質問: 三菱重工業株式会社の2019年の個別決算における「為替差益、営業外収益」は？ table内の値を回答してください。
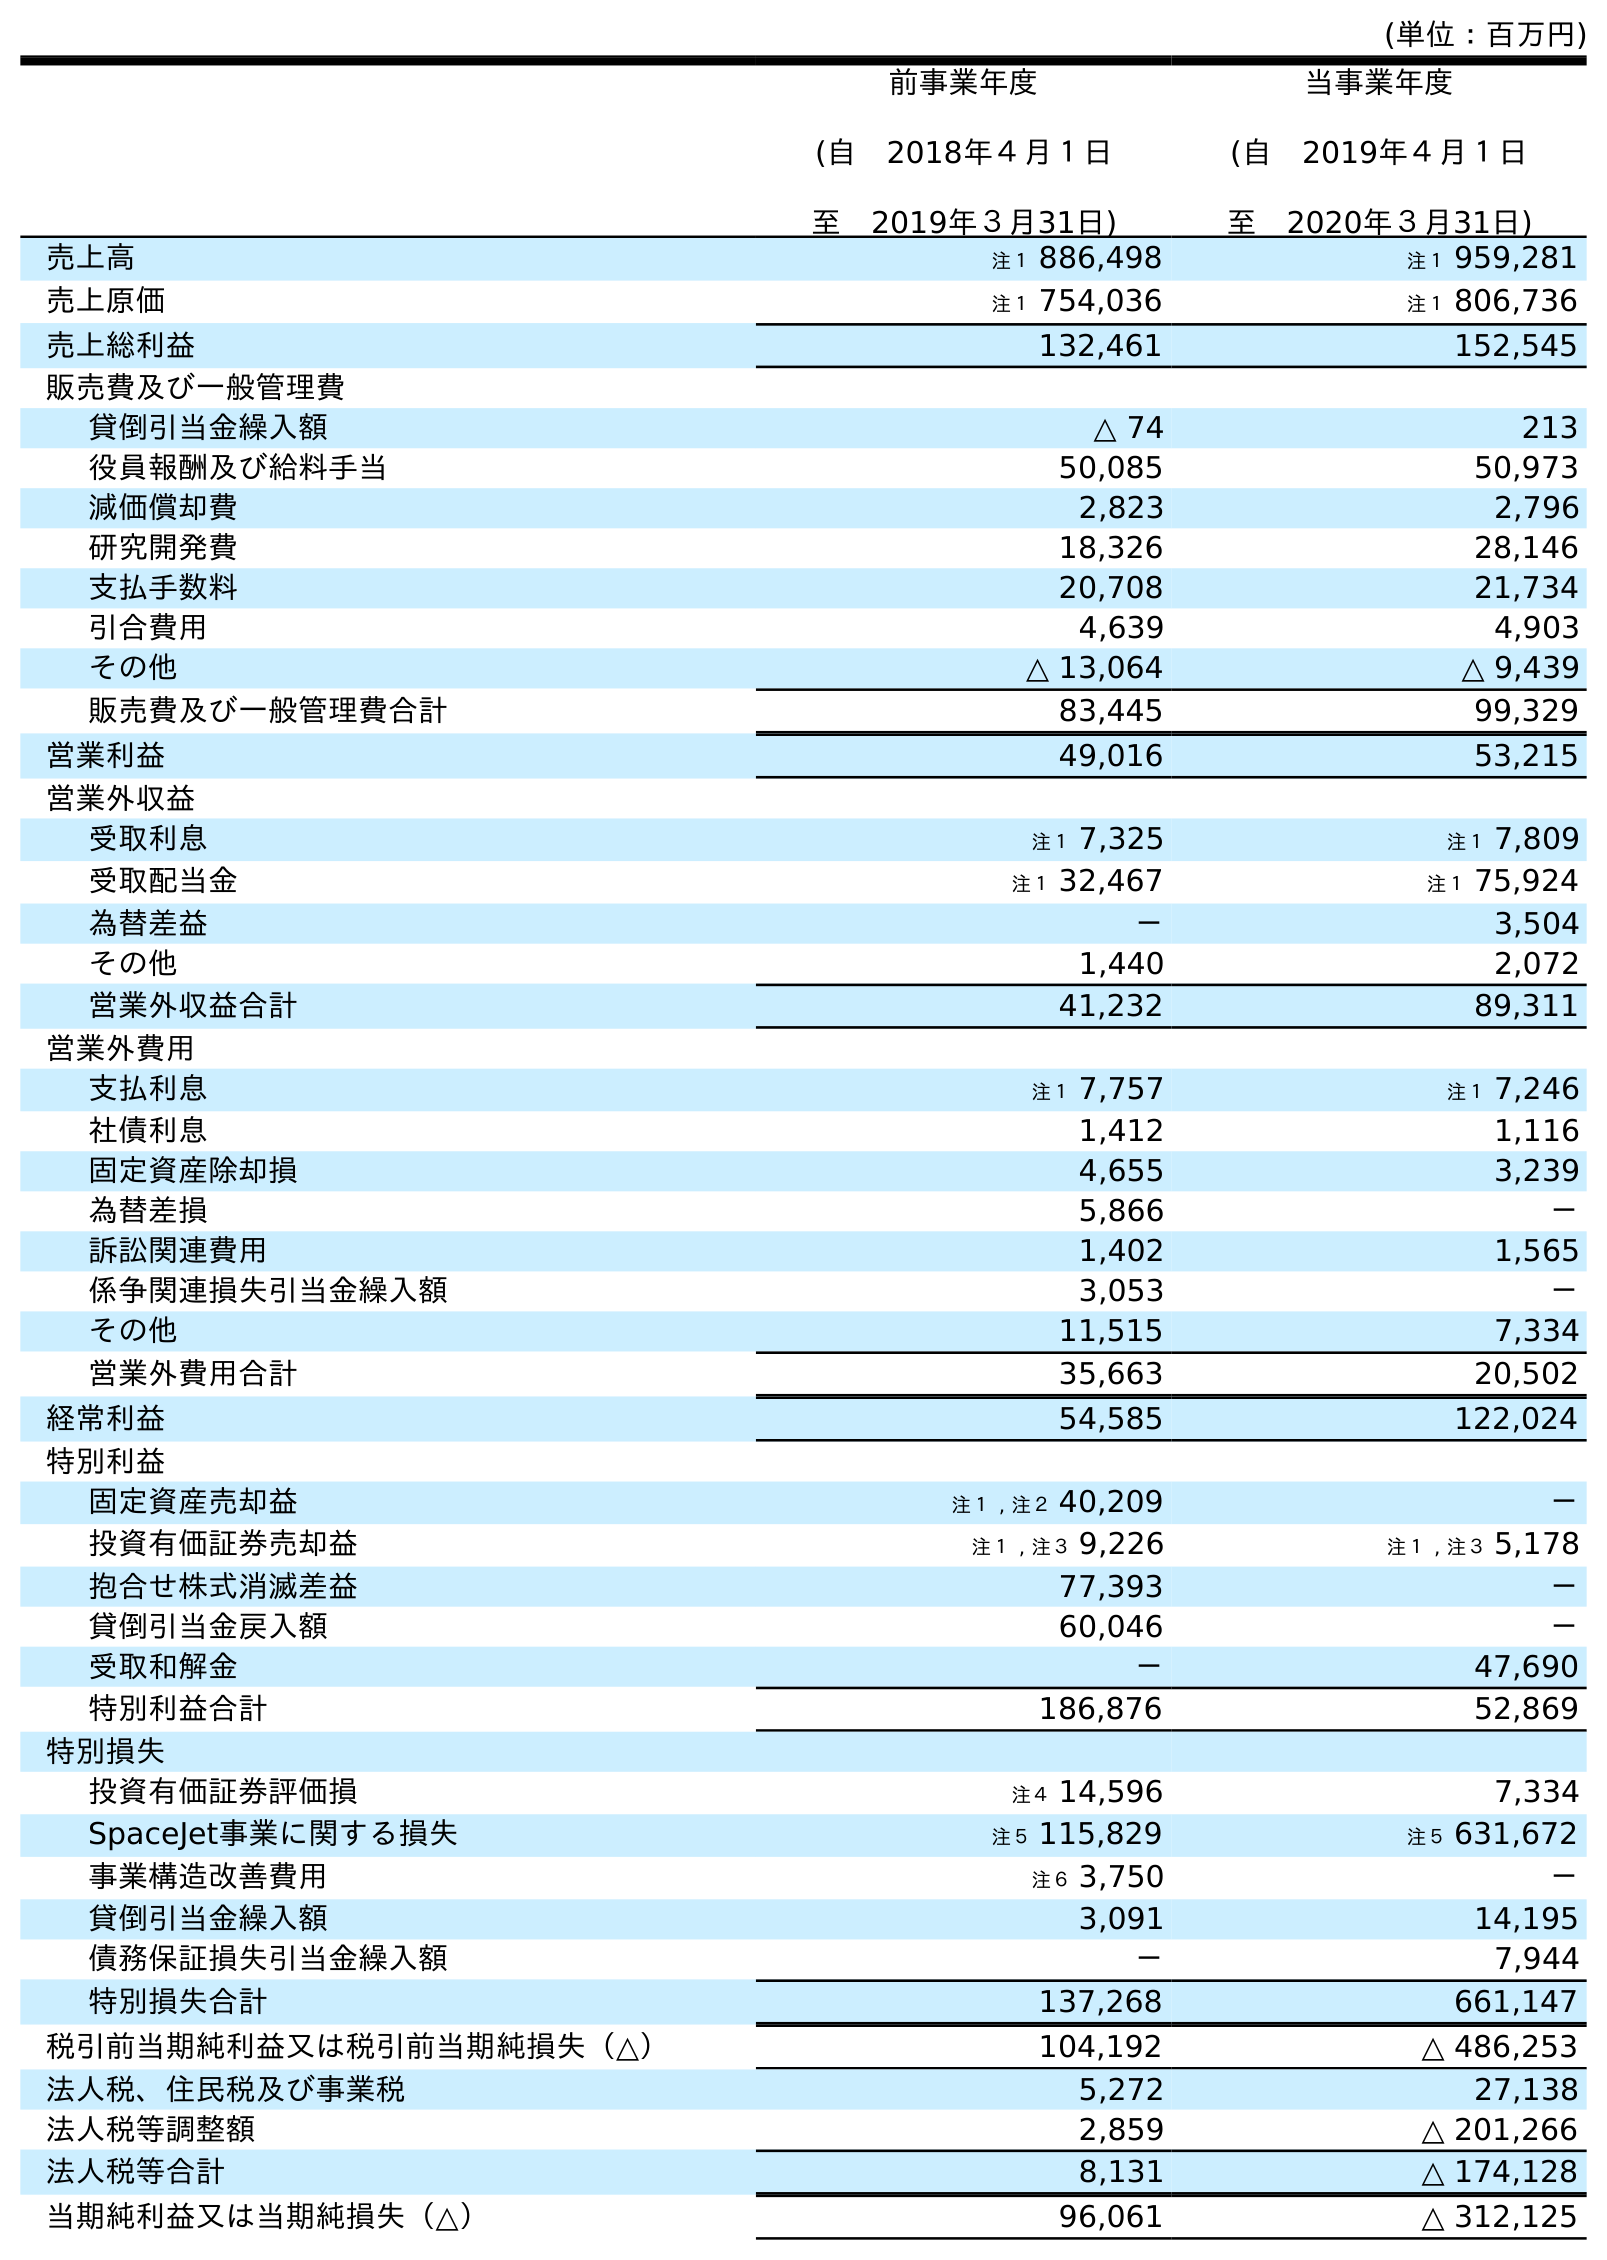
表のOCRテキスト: (単位：百万円) 前事業年度 (自 2018年４月１日 至 2019年３月31日) 当事業年度 (自 2019年４月１日 至 2020年３月31日) 売上高 注１ 886,498 注１ 959,281 売上原価 注１ 754,036 注１ 806,736 売上総利益 132,461 152,545 販売費及び一般管理費 貸倒引当金繰入額 △ 74 213 役員報酬及び給料手当 50,085 50,973 減価償却費 2,823 2,796 研究開発費 18,326 28,146 支払手数料 20,708 21,734 引合費用 4,639 4,903 その他 △ 13,064 △ 9,439 販売費及び一般管理費合計 83,445 99,329 営業利益 49,016 53,215 営業外収益 受取利息 注１ 7,325 注１ 7,809 受取配当金 注１ 32,467 注１ 75,924 為替差益 － 3,504 その他 1,440 2,072 営業外収益合計 41,232 89,311 営業外費用 支払利息 注１ 7,757 注１ 7,246 社債利息 1,412 1,116 固定資産除却損 4,655 3,239 為替差損 5,866 － 訴訟関連費用 1,402 1,565 係争関連損失引当金繰入額 3,053 － その他 11,515 7,334 営業外費用合計 35,663 20,502 経常利益 54,585 122,024 特別利益 固定資産売却益 注１ , 注２ 40,209 － 投資有価証券売却益 注１ , 注３ 9,226 注１ , 注３ 5,178 抱合せ株式消滅差益 77,393 － 貸倒引当金戻入額 60,046 － 受取和解金 － 47,690 特別利益合計 186,876 52,869 特別損失 投資有価証券評価損 注４ 14,596 7,334 SpaceJet事業に関する損失 注５ 115,829 注５ 631,672 事業構造改善費用 注６ 3,750 － 貸倒引当金繰入額 3,091 14,195 債務保証損失引当金繰入額 － 7,944 特別損失合計 137,268 661,147 税引前当期純利益又は税引前当期純損失（△） 104,192 △ 486,253 法人税、住民税及び事業税 5,272 27,138 法人税等調整額 2,859 △ 201,266 法人税等合計 8,131 △ 174,128 当期純利益又は当期純損失（△） 96,061 △ 312,125
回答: －